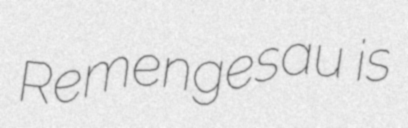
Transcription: Remengesau is